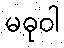
မဓုဝါ